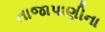
તાજાપાણીના